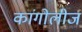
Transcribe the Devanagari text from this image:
कांगोलीज